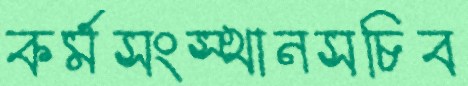
কর্মসংস্থানসচিব